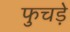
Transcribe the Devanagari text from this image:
फुचड़े